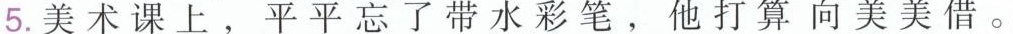
5.美术课上，平平忘了带水彩笔。他打算向美美借。